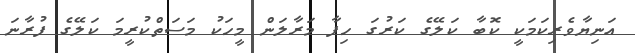
އަނިޔާވެރިކަމަކީ ކޮބާ ކަލޭގެ ކަރުގަ ހިފާ މަރާލަން މީހަކު މަސަތްކުރީމަ ކަލޭގެ ފުރާނަ